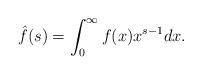
LaTeX: \begin{align*}\hat{f}(s)=\int_0^{\infty}f(x)x^{s-1}dx.\end{align*}